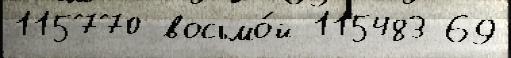
115770 восьмо́й 115483 69